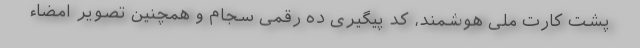
پشت کارت ملی هوشمند، کد پیگیری ده رقمی سجام و همچنین تصویر امضاء